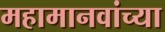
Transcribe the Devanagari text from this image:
महामानवांच्या